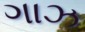
ગાઝ